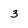
Character: 3